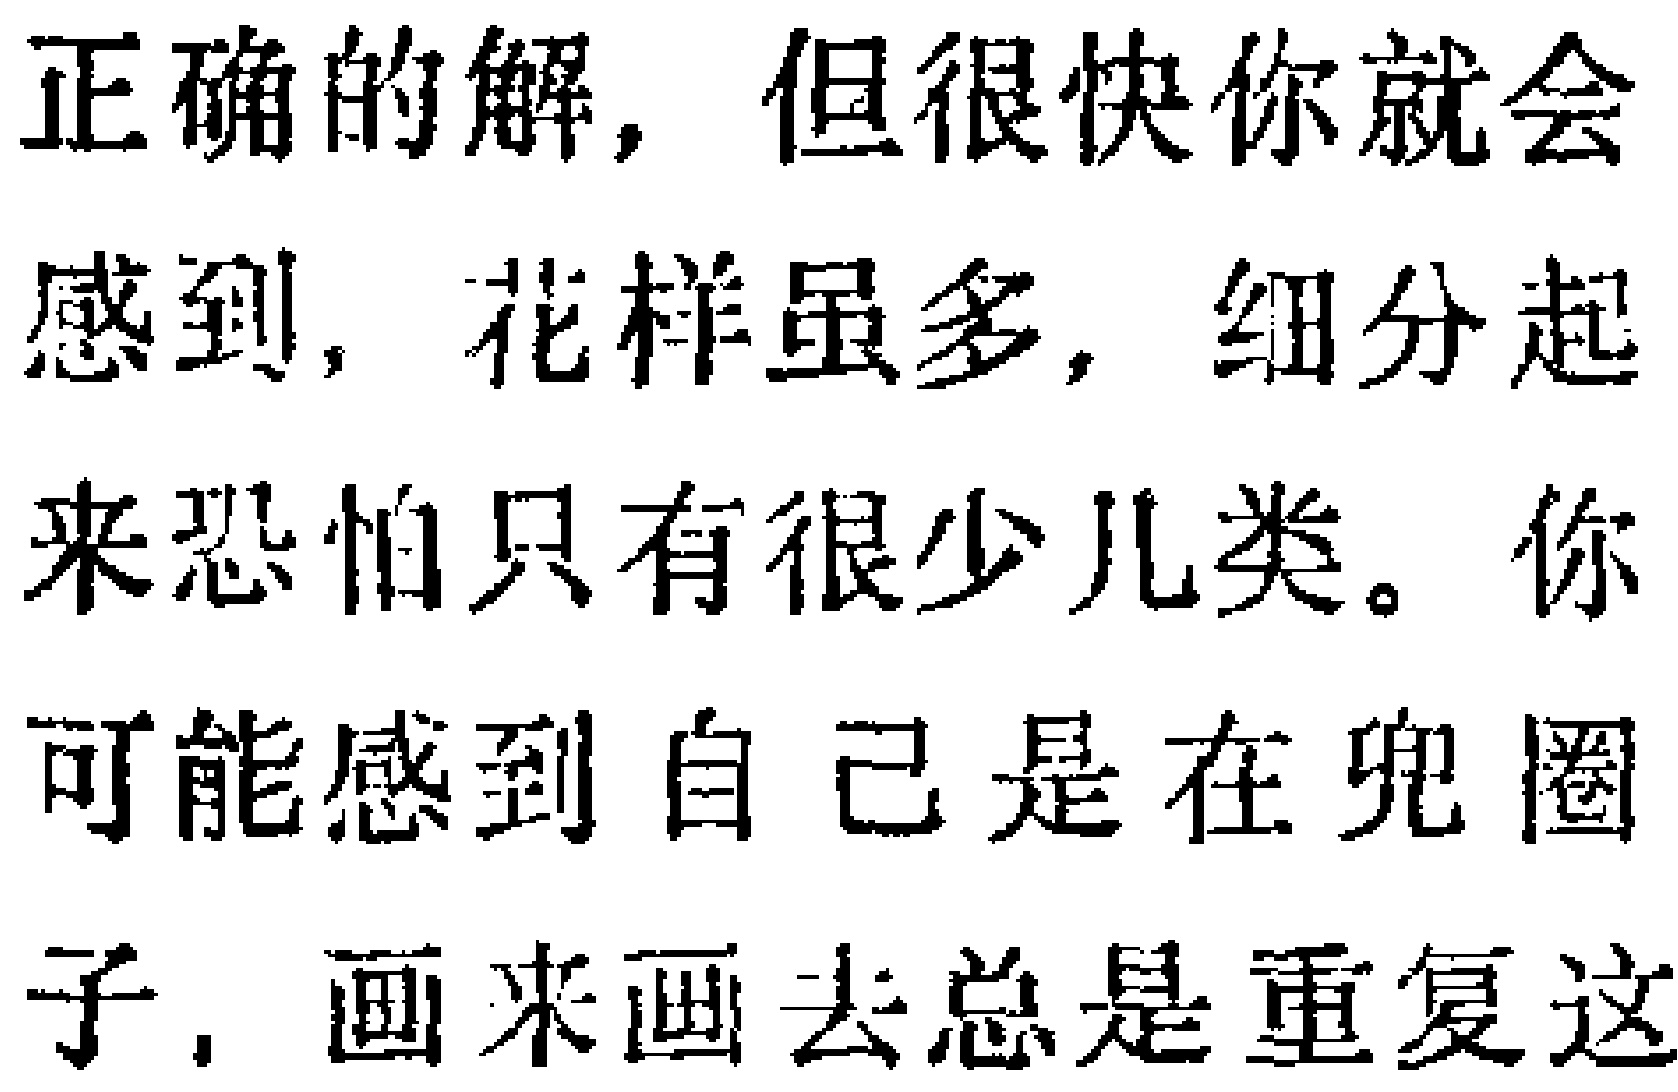
正确的解，但很快你就会感到，花样虽多，细分起来恐怕只有很少几类。你可能感到自己是在兜圈子，画来画去总是重复这